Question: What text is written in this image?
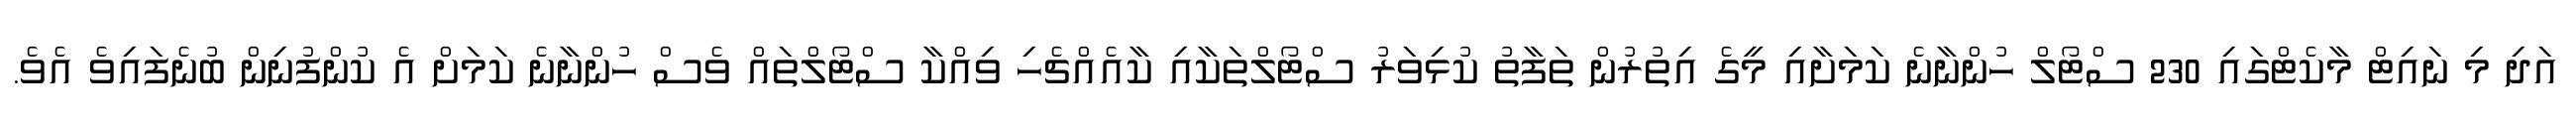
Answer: އަދި މި ނައިޓް މާކެޓްގައި 230 ސްޓޯލް ހުންނާނެ ކަމަށާއި މީގެ އިތުރުން ތަފާތު ކުޅިވަރު ސްޓޯލްތަކާއި ކާއެއްޗެހި ވިއްކާ ސްޓޯލްތައް ވެސް ހުންނާނެ ކަމަށް އެ ކުންފުނިން ބުނެފައިވެ އެވެ.